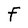
Character: F